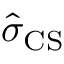
\ensuremath { \hat { \sigma } } _ { \mathrm { C S } }